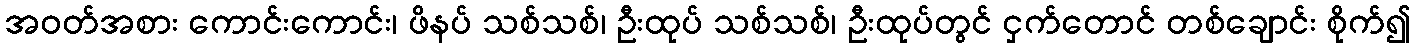
အဝတ်အစား ကောင်းကောင်း၊ ဖိနပ် သစ်သစ်၊ ဦးထုပ် သစ်သစ်၊ ဦးထုပ်တွင် ငှက်တောင် တစ်ချောင်း စိုက်၍